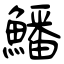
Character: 鱕